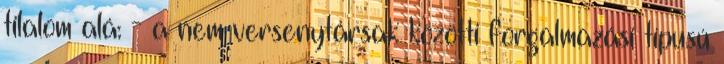
tilalom alá: - a nem versenytársak közötti forgalmazási típusú